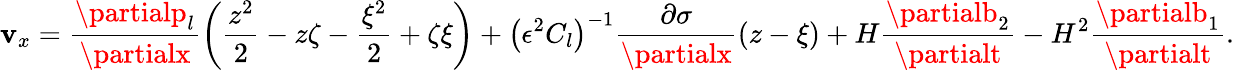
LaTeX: \mathbf{v}_{x}=\frac{{\partialp_{l}}}{{\partialx}}\bigg(\frac{{z^{2}}}{{2}}-z\zeta-\frac{{\xi^{2}}}{{2}}+\zeta\xi\bigg)+\left(\epsilon^{2}C_{l}\right)^{-1}\frac{{\partial\sigma}}{{\partialx}}(z-\xi)+H\frac{{\partialb_{2}}}{{\partialt}}-H^{2}\frac{{\partialb_{1}}}{{\partialt}}.